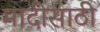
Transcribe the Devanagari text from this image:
मादीसाठी